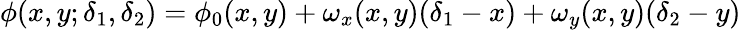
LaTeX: {\phi}(x,y;{\delta}_{1},{\delta}_{2})={\phi}_{0}(x,y)+{\omega}_{x}(x,y)({\delta}_{1}-x)+{\omega}_{y}(x,y)({\delta}_{2}-y)